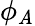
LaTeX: \phi_{\mathit{A}}